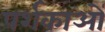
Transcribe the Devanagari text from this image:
पर्शकाओं